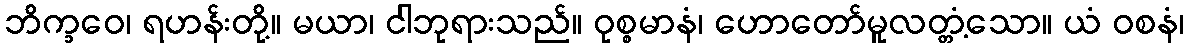
ဘိက္ခဝေ၊ ရဟန်းတို့။ မယာ၊ ငါဘုရားသည်။ ဝုစ္စမာနံ၊ ဟောတော်မူလတ္တံ့သော။ ယံ ဝစနံ၊